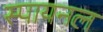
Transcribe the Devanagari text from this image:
स्पायनल